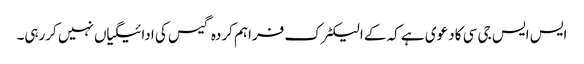
ایس ایس جی سی کا دعوی ہے کہ کے الیکٹرک فراہم کردہ گیس کی ادائیگیاں نہیں کررہی۔